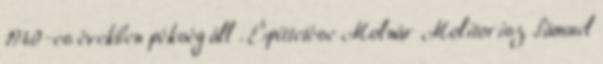
1940-es években pékség áll . Építtetése Molnár Molitorisz Sámuel